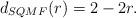
LaTeX: \begin{align*}d_{SQMF}(r) = 2-2r.\end{align*}